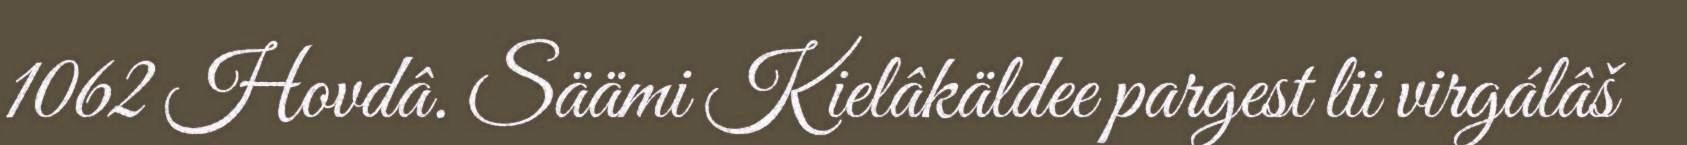
1062 Hovdâ. Säämi Kielâkäldee pargest lii virgálâš